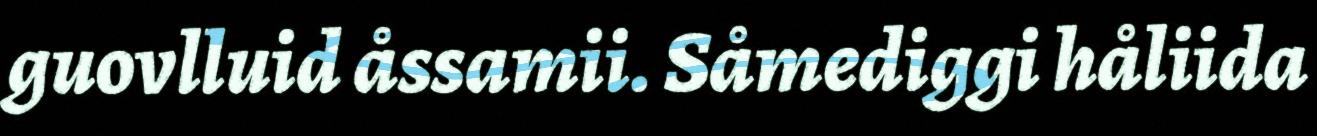
guovlluid åssamii. Såmediggi håliida